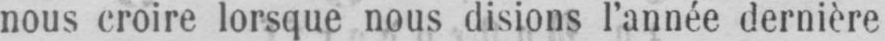
nous croire lorsque nous disions l’année dernière